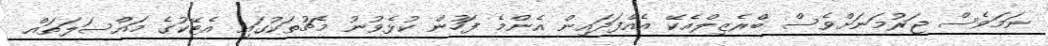
ނަމަވެސް ޖަރުމަނަށްވެސް ބްރެޒިލްއެކޭ އެއްފަދައިން އެންމެ ފަހުން ކުޅެވުނު މެޗުތަކުގައި އެޓޭކުގެ މައްސަލަތައް